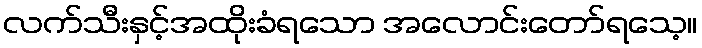
လက်သီးနှင့်အထိုးခံရသော အလောင်းတော်ရသေ့။